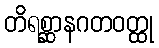
တိရစ္ဆာနဂတဝတ္ထု